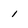
Character: i